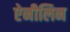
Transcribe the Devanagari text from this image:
ऐनीलिन